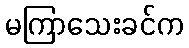
မကြာသေးခင်က